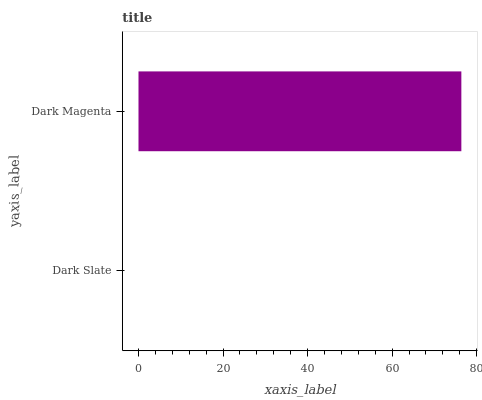
| yaxis_label | bars |
 | --- | --- |
 | Dark Slate | 0 |
 | Dark Magenta | 76.4 |